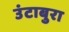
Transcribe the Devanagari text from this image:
उंटाबुरा